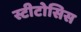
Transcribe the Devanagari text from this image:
स्टीटोसिस